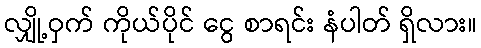
လျှို့ဝှက် ကိုယ်ပိုင် ငွေ စာရင်း နံပါတ် ရှိလား။